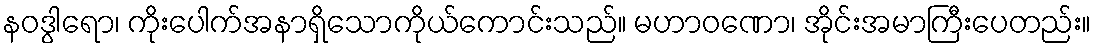
နဝဒွါရော၊ ကိုးပေါက်အနာရှိသောကိုယ်ကောင်းသည်။ မဟာဝဏော၊ အိုင်းအမာကြီးပေတည်း။